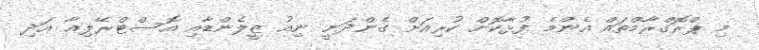
މި ޕްރޮގްރާމްތައް އެންމެ ފުޅާކޮށް ކުރިއަށް ގެންދަނީ ނިއު ޒީލެންޑާއި އޮސްޓްރޭލިއާ އަދި